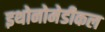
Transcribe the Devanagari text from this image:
इथोनोमेडीकल